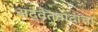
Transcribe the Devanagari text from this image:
अद्वैतवादाचा